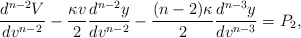
\begin{align*} \frac{d^{n-2}V}{dv^{n-2}}-\frac{\kappa v}{2}\frac{d^{n-2}y}{dv^{n-2}}-\frac{(n-2)\kappa}{2}\frac{d^{n-3}y}{dv^{n-3}}=P_2,\end{align*}